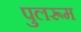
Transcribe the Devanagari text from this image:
पुलरूम